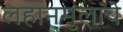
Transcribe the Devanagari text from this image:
लहानमुलांचे